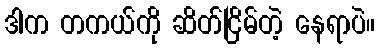
ဒါက တကယ်ကို ဆိတ်ငြိမ်တဲ့ နေရာပဲ။